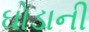
ઘોડાની